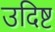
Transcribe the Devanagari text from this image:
उदिष्ट